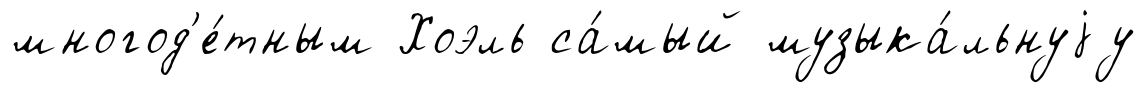
многод'е́тным Хоэль са́мый музыка́льнуjу